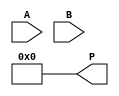
module wallace_tree_multiplier #(parameter N = 4) (
    input [N-1:0] A,
    input [N-1:0] B,
    output reg [2*N-1:0] P
);

// Generate Partial Products
wire [N-1:0] pp[N-1:0]; // Partial product array
genvar i, j;

// Generate partial products
generate
    for (i = 0; i < N; i = i + 1) begin : partial_product
        assign pp[i] = A & {N{B[i]}} << i;
    end
endgenerate

// Wallace Tree Reduction
wire [N-1:0] sum_stage1 [N-1:0];
wire [N-1:0] carry_stage1 [N-1:0];
wire [N-1:0] sum_stage2 [N-1:0];
wire [N-1:0] carry_stage2 [N-1:0];

// First Reduction Stage
generate
    for (j = 0; j < N; j = j + 1) begin : stage1
        if (j < N - 1) begin
            wire [2:0] inputs = {pp[j+1][0], pp[j][0], pp[j][0]};
            // Half Adder for the first two bits
            assign {carry_stage1[j], sum_stage1[j]} = inputs[0] + inputs[1];
            assign {carry_stage1[j+1], sum_stage1[j+1]} = inputs[2] + carry_stage1[j];
        end else begin
            assign sum_stage1[j] = pp[j][0];
            assign carry_stage1[j] = 0;
        end
    end
endgenerate

// Second Reduction Stage
generate
    for (j = 0; j < N; j = j + 1) begin : stage2
        if (j < N - 1) begin
            wire [2:0] inputs = {sum_stage1[j+1], sum_stage1[j], carry_stage1[j]};
            assign {carry_stage2[j], sum_stage2[j]} = inputs[0] + inputs[1];
            assign {carry_stage2[j+1], sum_stage2[j+1]} = inputs[2] + carry_stage2[j];
        end else begin
            assign sum_stage2[j] = sum_stage1[j];
            assign carry_stage2[j] = 0;
        end
    end
endgenerate

// Final Addition
wire [2*N-1:0] final_sum, final_carry;
assign final_sum = {carry_stage2[N-1], sum_stage2[N-1]} + {carry_stage2[N-2], sum_stage2[N-2]};

always @(*) begin
    P = final_sum;
end

endmodule